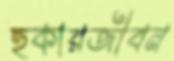
হকারজীবন